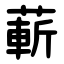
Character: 蔪